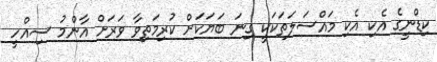
ކިޑްނީގެ އެކި އެކި މައްސަލަތަކަކީ ގިނަ ބަޔަކަށް ކުރިމަތިވާ ވަރަށް އާންމު ސިއްހީ